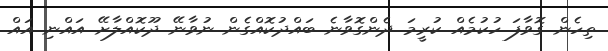
ތިހެން ގޮވާފަ ހުކުމެއް ކުރީމަ ދެންގޮވާނެ ބައްދުކޮއްގެން ނުވާނޭ ދޫކޮއްލާށޭ އައްނި އައް